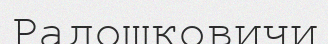
Радошковичи